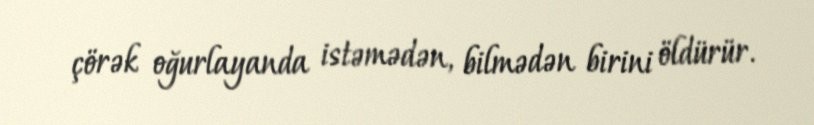
çörək oğurlayanda istəmədən, bilmədən birini öldürür.